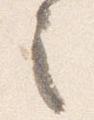
之